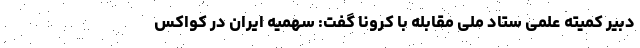
دبیر کمیته علمی ستاد ملی مقابله با کرونا گفت: سهمیه ایران در کواکس